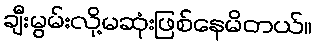
ချီးမွမ်းလို့မဆုံးဖြစ်နေမိတယ်။